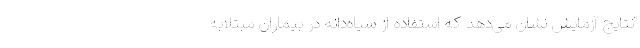
"نتایج آزمایش نشان می‌دهد که استفاده از سیاه‌دانه در بیماران مبتلابه